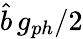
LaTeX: \hat{b}\, g_{ph}/{2}